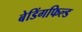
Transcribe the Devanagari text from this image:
बेडिंगफिल्ड